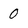
Character: 0